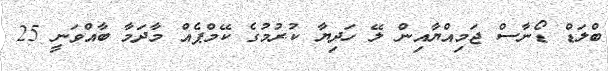
ބްލަޑް ޑޯނާސް ޖަމިއްޔާއިން ލޭ ހަދިޔާ ކުރުމުގެ ކޭމްޕެއް މާދަމާ ބާއްވަނީ 25